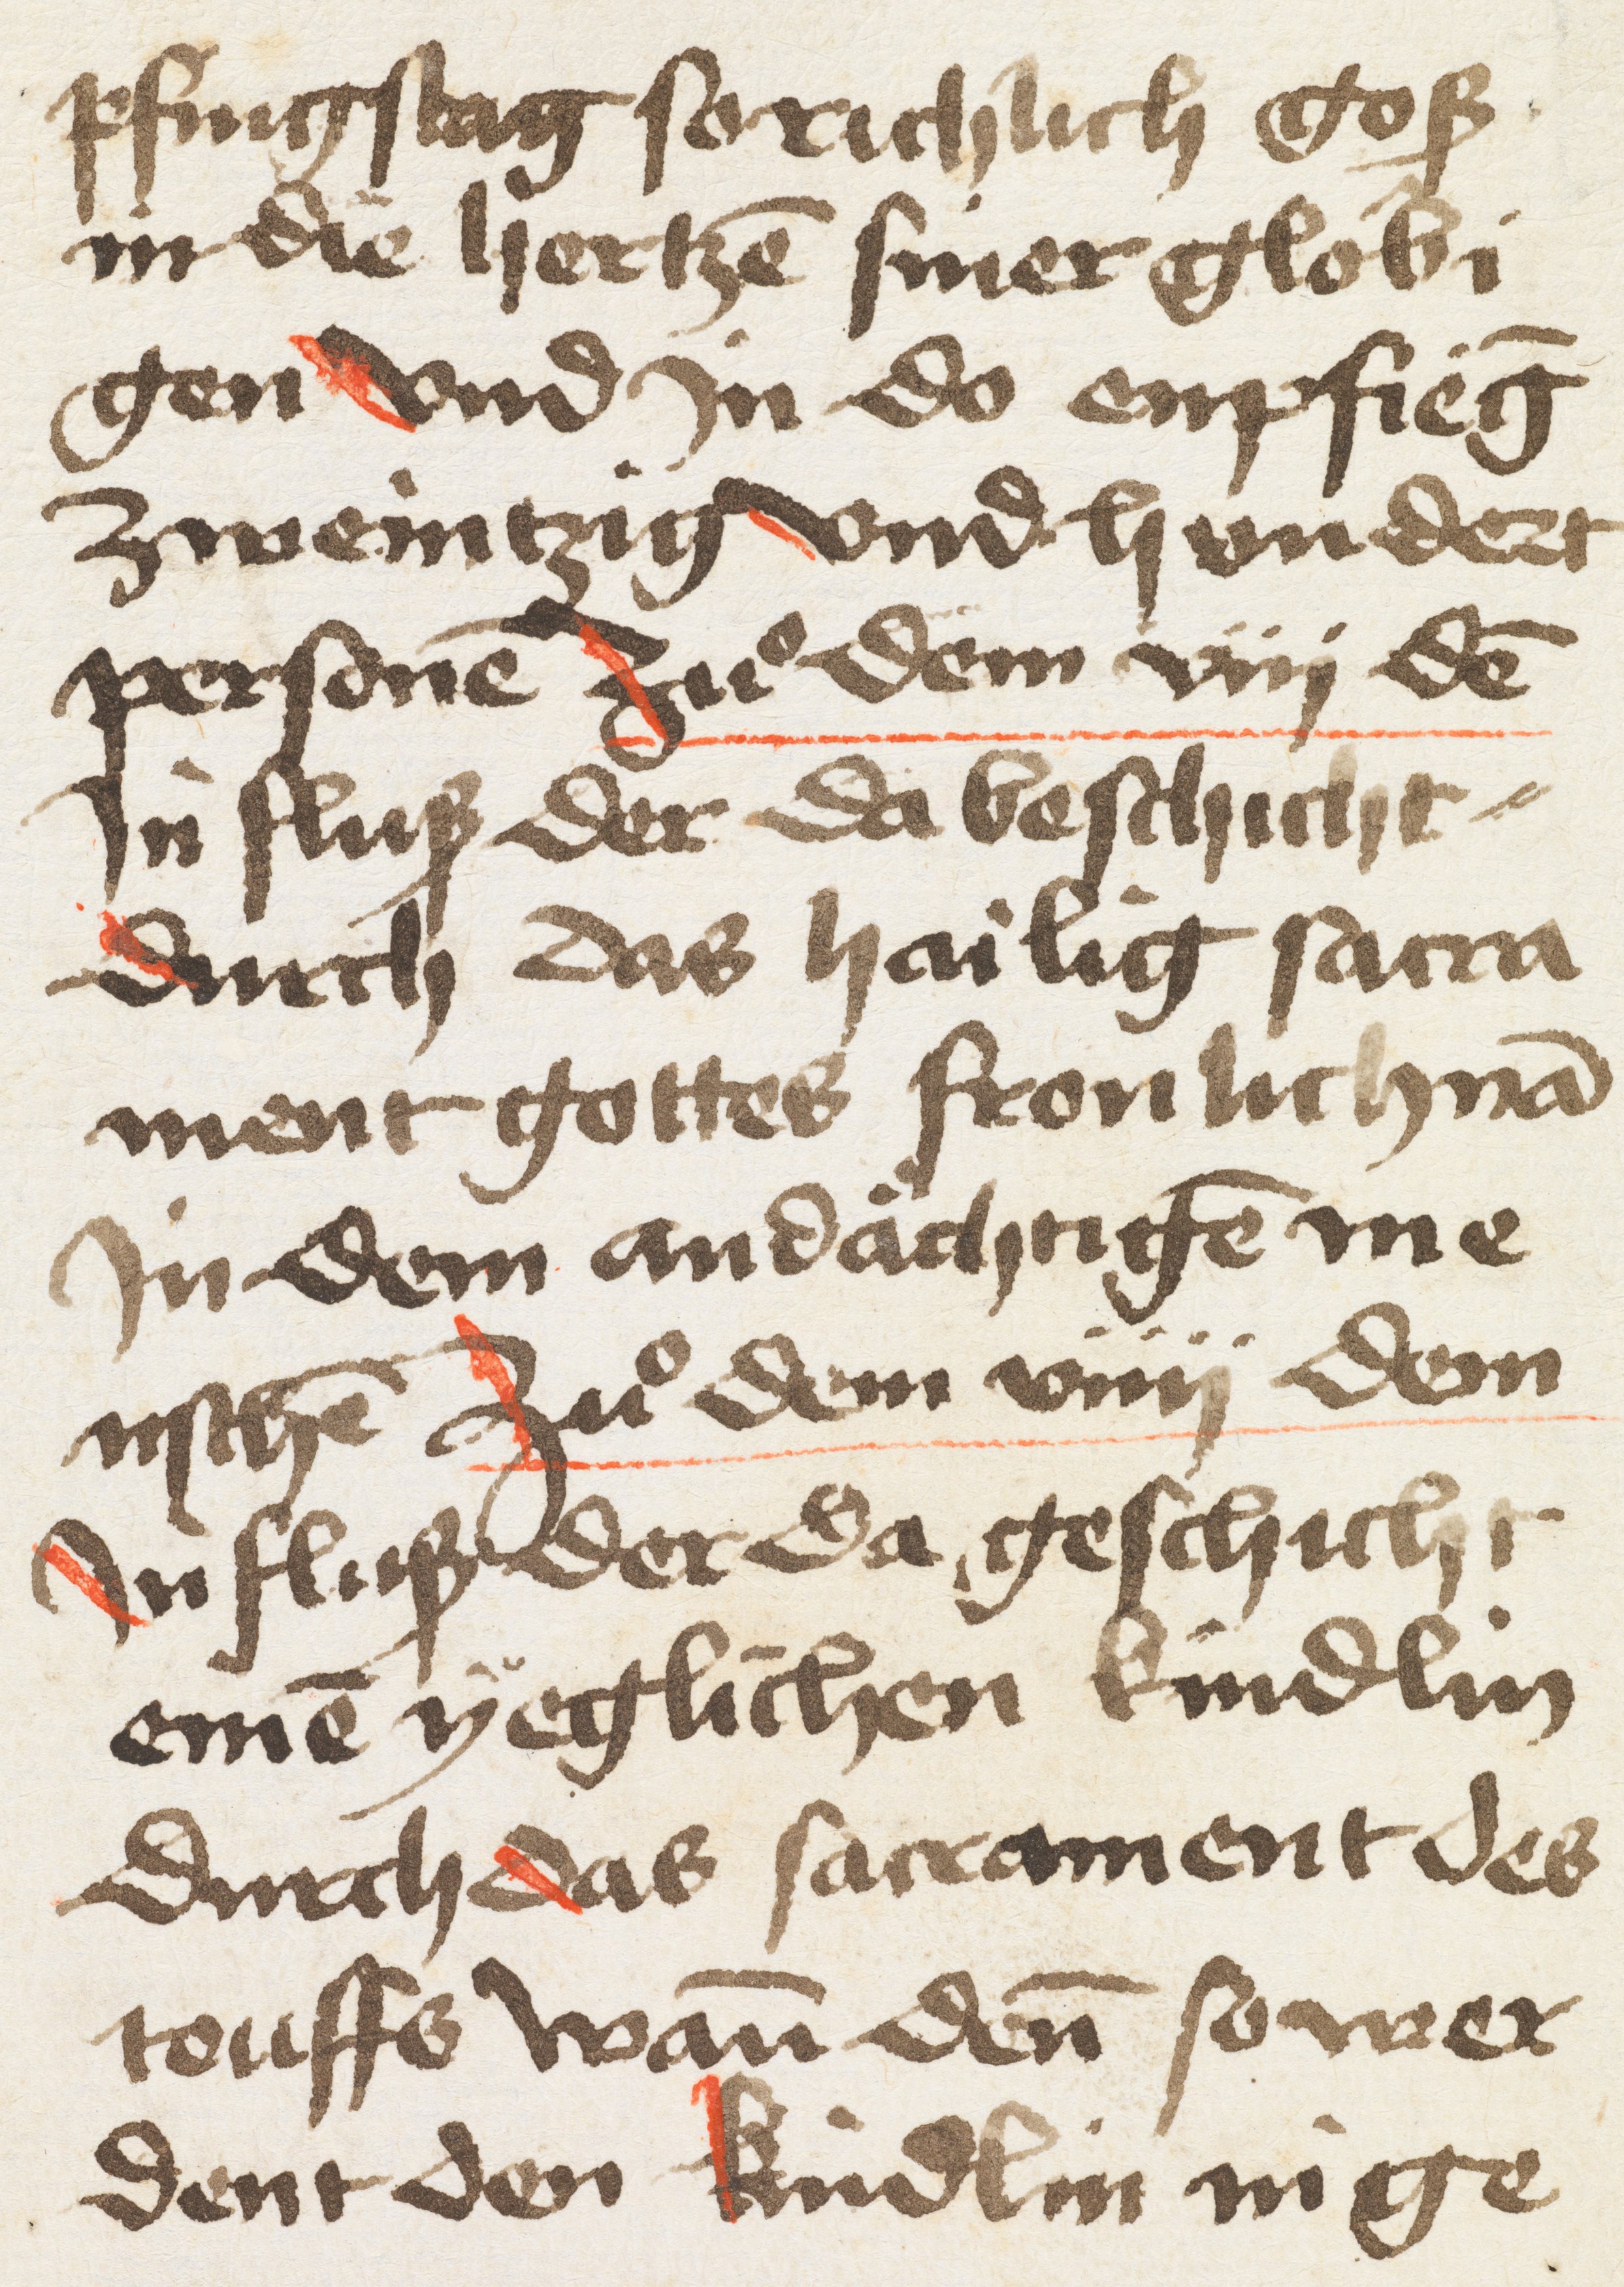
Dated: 1500–1530